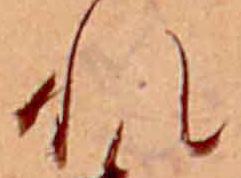
れ